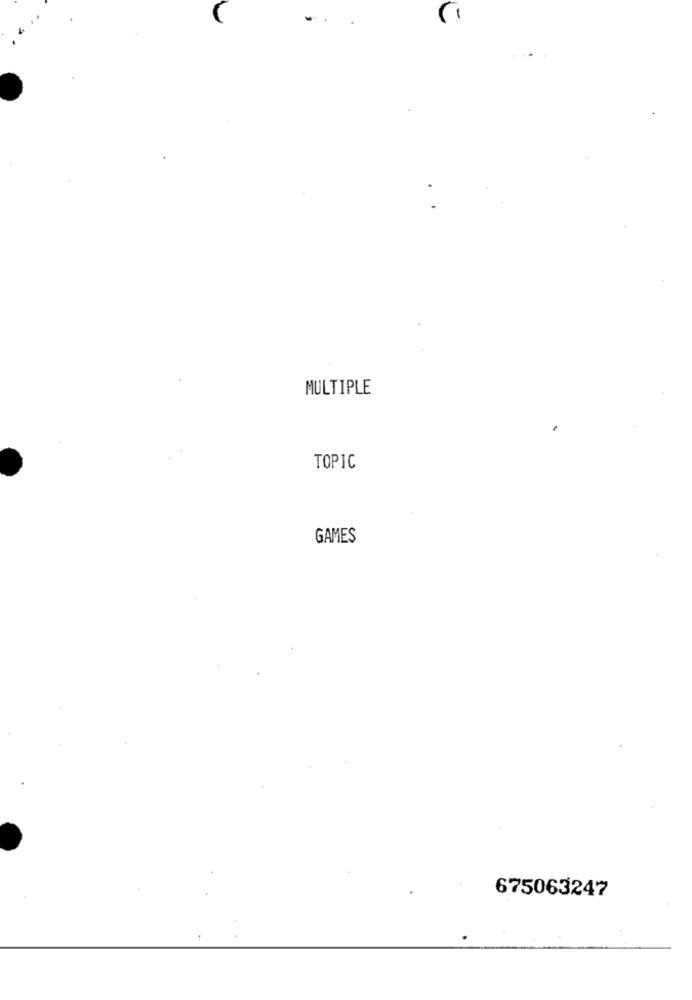
MULTIPLE
TOPIC
GAMES
675063247